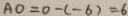
A O = 0 - ( - 6 ) = 6